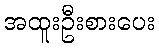
အထူးဦးစားပေး